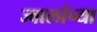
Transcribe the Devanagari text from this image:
ज्वालांच्या